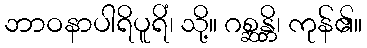
ဘာဝနာပါရိပူရိံ၊ သို့။ ဂစ္ဆန္တိ၊ ကုန်၏။